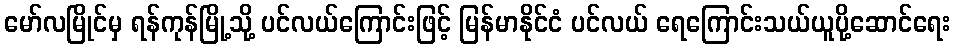
မော်လမြိုင်မှ ရန်ကုန်မြို့သို့ ပင်လယ်ကြောင်းဖြင့် မြန်မာနိုင်ငံ ပင်လယ် ရေကြောင်းသယ်ယူပို့ဆောင်ရေး